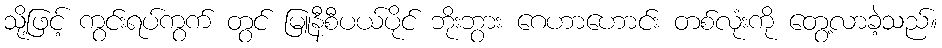
သို့ဖြင့် ကွင်းရပ်ကွက် တွင် မြူနီစီပယ်ပိုင် ဘိုးဘွား ဂေဟာဟောင်း တစ်လုံးကို တွေ့လာခဲ့သည်။